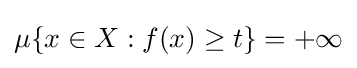
\mu \{x\in X:f(x)\geq t\}=+\infty